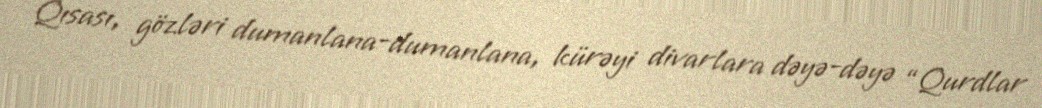
Qısası, gözləri dumanlana-dumanlana, kürəyi divarlara dəyə-dəyə “Qurdlar